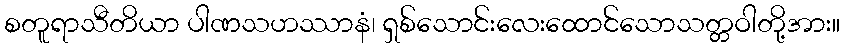
စတူရာသီတိယာ ပါဏသဟဿာနံ၊ ရှစ်သောင်းလေးထောင်သောသတ္တဝါတို့အား။